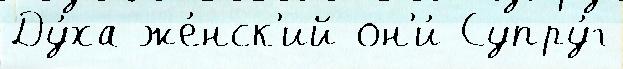
Ду́ха же́нск'ий он'и́ Супру́г